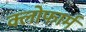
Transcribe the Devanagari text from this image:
क्लोफार्म